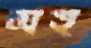
মহ